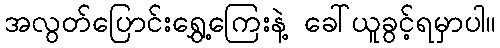
အလွတ်ပြောင်းရွှေ့ကြေးနဲ့ ခေါ်ယူခွင့်ရမှာပါ။